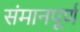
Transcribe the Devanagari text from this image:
संमानपूर्ण